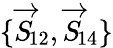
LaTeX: \{ \overrightarrow{S}\! _{12},\overrightarrow{S}\! _{14}\}